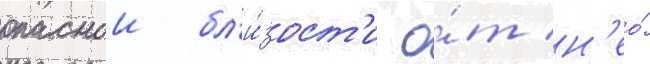
опаснои бл'и́зост'и о́т н'ео́